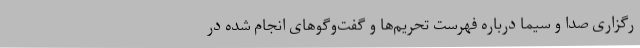
رگزاری صدا و سیما درباره فهرست تحریم‌ها و گفت‌وگوهای انجام شده در